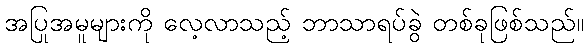
အပြုအမူများကို လေ့လာသည့် ဘာသာရပ်ခွဲ တစ်ခုဖြစ်သည်။